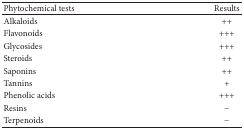
<table><thead><tr><td><b>Phytochemical tests</b></td><td><b>Results</b></td></tr></thead><tbody><tr><td>Alkaloids</td><td>++</td></tr><tr><td>Flavonoids</td><td>+++</td></tr><tr><td>Glycosides</td><td>+++</td></tr><tr><td>Steroids</td><td>++</td></tr><tr><td>Saponins</td><td>++</td></tr><tr><td>Tannins</td><td>+</td></tr><tr><td>Phenolic acids</td><td>+++</td></tr><tr><td>Resins</td><td>−</td></tr><tr><td>Terpenoids</td><td>−</td></tr></tbody></table>